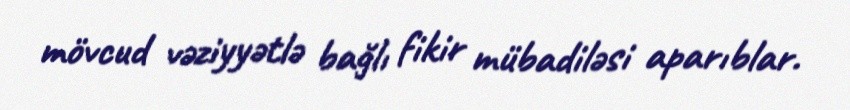
mövcud vəziyyətlə bağlı fikir mübadiləsi aparıblar.